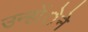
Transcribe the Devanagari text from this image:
उन्होंेने